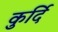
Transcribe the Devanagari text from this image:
कुर्दि